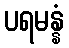
ပရမန္နံ